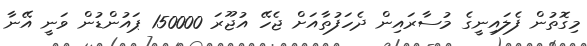
މިގޮތުން ފެލައިނީގެ މުސާރައިން ދެހަފުތާއަށް ޖެހޭ އުޖޫރަ 150000 ޕައުންޑުން ވަނީ އޭނާ